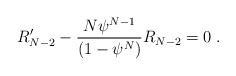
\begin{align*}R^{\prime}_{N-2}-\frac{N{\psi}^{N-1}}{(1-{\psi}^N)}R_{N-2}=0\;.\end{align*}